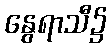
နွေရာသီ၌